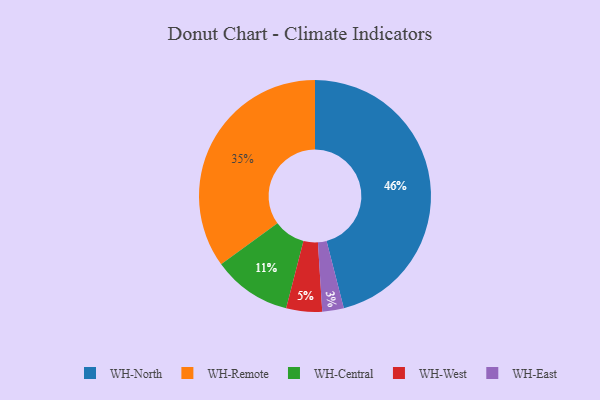
{"axis": {"x": "Category", "y": "Percentage"}, "legend": ["WH-Central", "WH-East", "WH-North", "WH-Remote", "WH-West"], "data": [{"x": "WH-East", "y": 3, "type": "WH-East"}, {"x": "WH-Remote", "y": 35, "type": "WH-Remote"}, {"x": "WH-West", "y": 5, "type": "WH-West"}, {"x": "WH-Central", "y": 11, "type": "WH-Central"}, {"x": "WH-North", "y": 46, "type": "WH-North"}]}